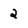
Character: 2